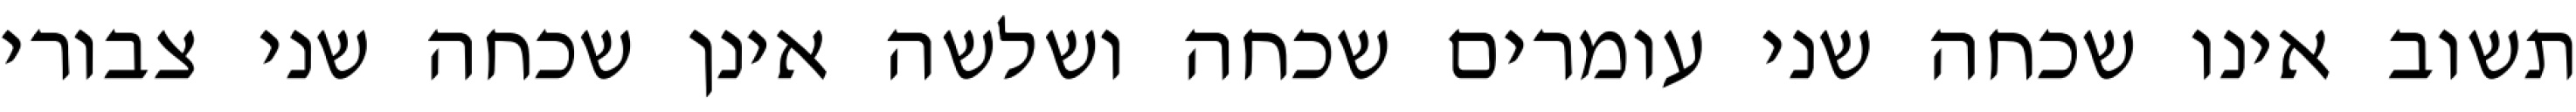
תשוב אינו שכחה שני עומרים שכחה ושלשה אינן שכחה שני צבורי